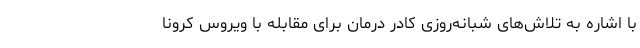
با اشاره به تلاش‌های شبانه‌روزی کادر درمان برای مقابله با ویروس کرونا